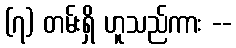
(၇) တမ်းရှိ ဟူသည်ကား --